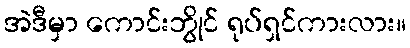
အဲဒီမှာ ကောင်းဘွိုင် ရုပ်ရှင်ကားလား။